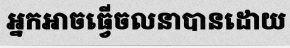
អ្នកអាចធ្វើចលនាបានដោយ